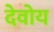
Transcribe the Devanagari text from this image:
देवोय